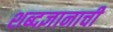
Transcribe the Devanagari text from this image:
शब्दज्ञानाची